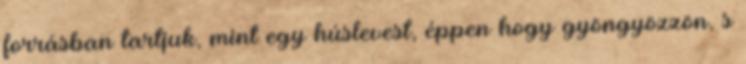
forrásban tartjuk, mint egy húslevest, éppen hogy gyöngyözzön, s